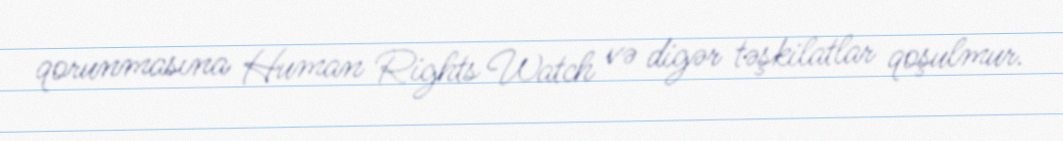
qorunmasına Human Rights Watch və digər təşkilatlar qoşulmur.